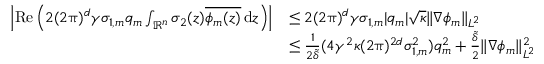
\begin{array} { r l } { \left| \mathrm { R e } \left( 2 ( 2 \uppi ) ^ { d } \gamma \sigma _ { 1 , m } q _ { m } \int _ { \mathbb { R } ^ { n } } \sigma _ { 2 } ( z ) \overline { { \phi _ { m } ( z ) } } \, { \mathrm { d } } z \right) \right| } & { \le 2 ( 2 \uppi ) ^ { d } \gamma \sigma _ { 1 , m } | q _ { m } | \sqrt { \kappa } \| \nabla \phi _ { m } \| _ { L ^ { 2 } } } \\ & { \le \frac { 1 } { 2 \tilde { \delta } } ( 4 \gamma ^ { 2 } \kappa ( 2 \uppi ) ^ { 2 d } \sigma _ { 1 , m } ^ { 2 } ) q _ { m } ^ { 2 } + \frac { \tilde { \delta } } { 2 } \| \nabla \phi _ { m } \| _ { L ^ { 2 } } ^ { 2 } } \end{array}